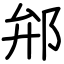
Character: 𨚕